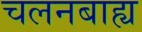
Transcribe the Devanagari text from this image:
चलनबाह्य